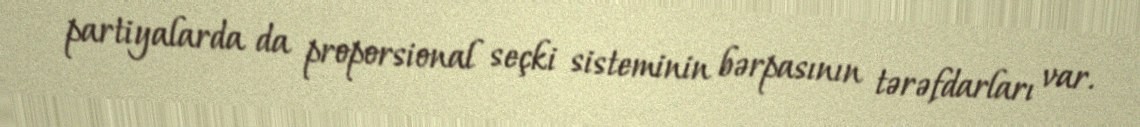
partiyalarda da proporsional seçki sisteminin bərpasının tərəfdarları var.